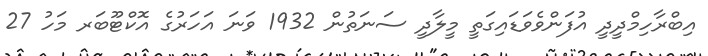
އިބްރާހިމްދީދީ އުފަންވެވަޑައިގަތީ މީލާދީ ސަނަތުން 1932 ވަނަ އަހަރުގެ އޮކްޓޫބަރ މަހު 27